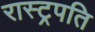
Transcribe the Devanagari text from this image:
रास्ट्रपति